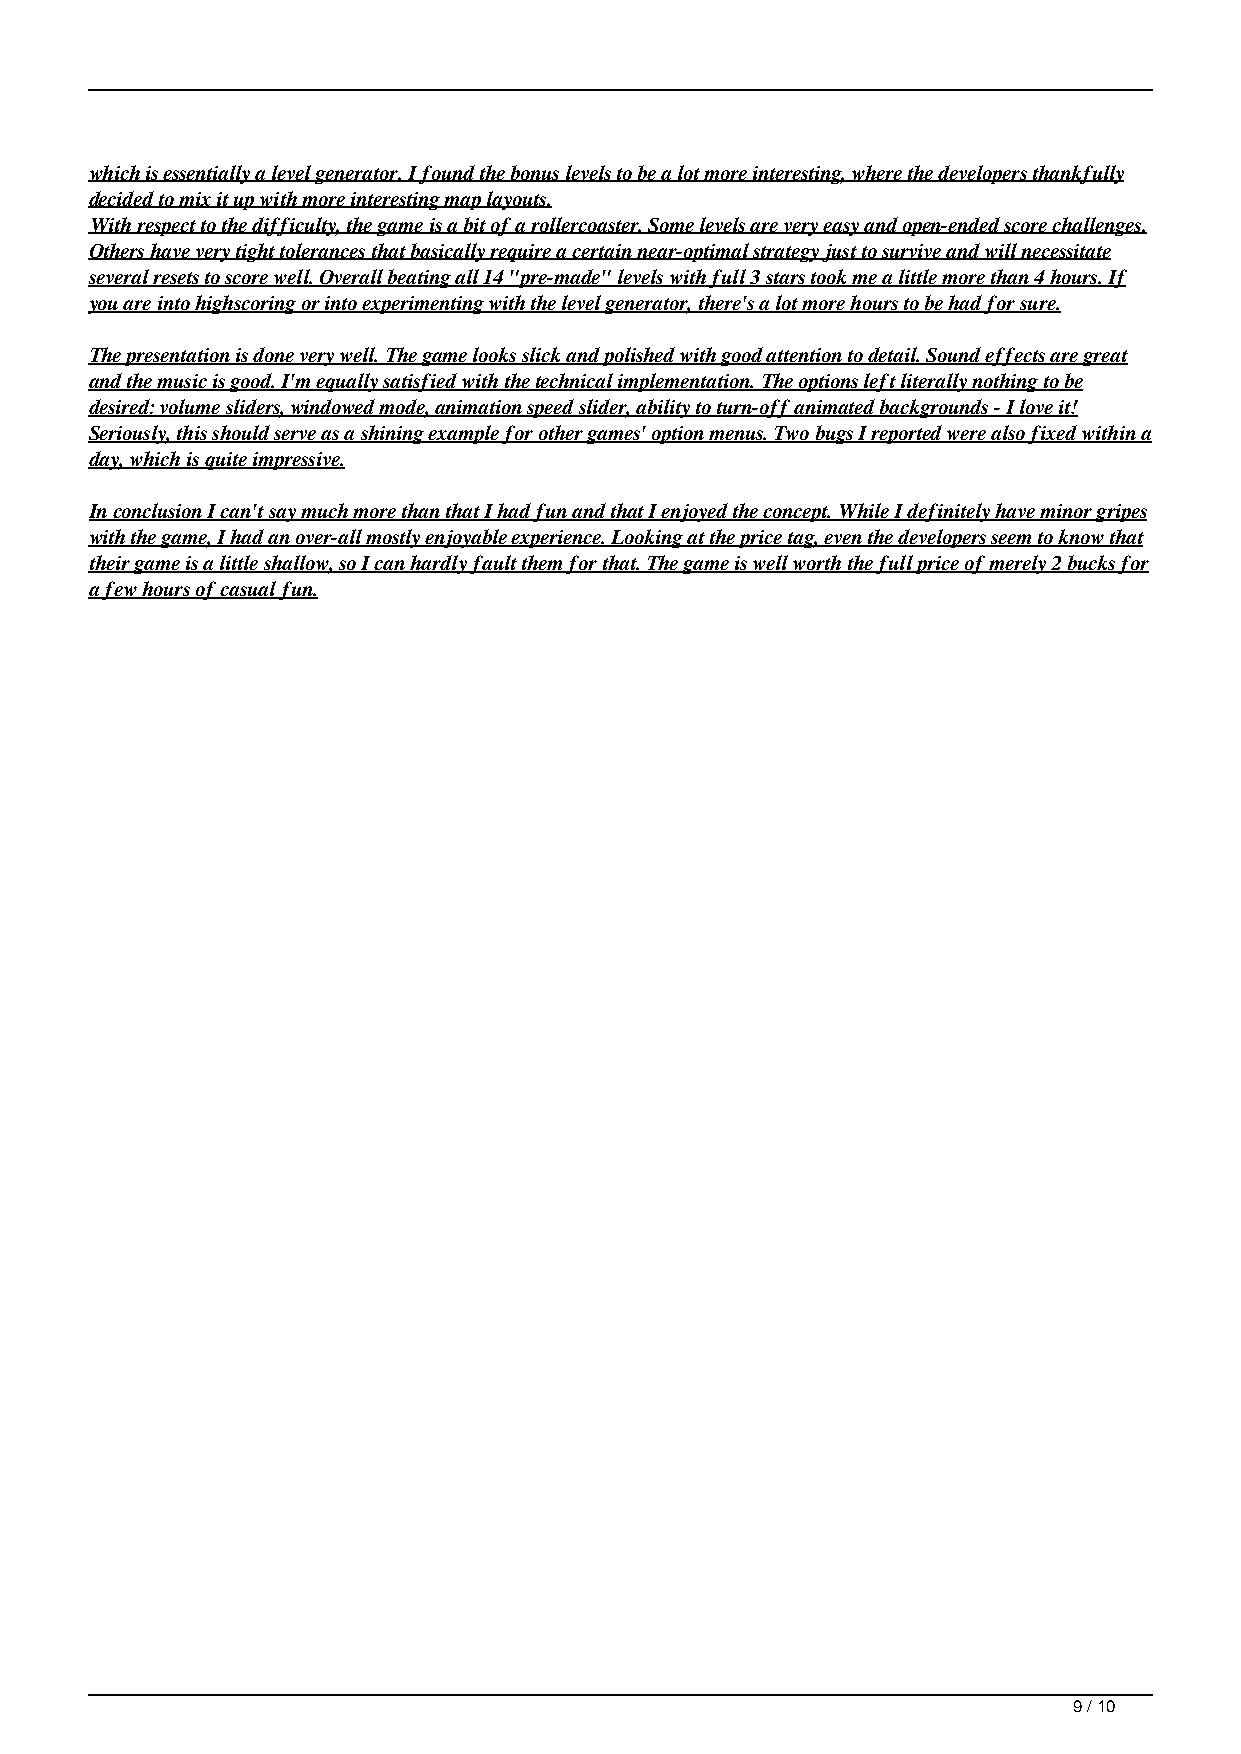
which is essentially a level generator. I found the bonus levels to be a lot more interesting, where the developers thankfully
 decided to mix it up with more interesting map layouts.
 With respect to the difficulty, the game is a bit of a rollercoaster. Some levels are very easy and open-ended score challenges.
 Others have very tight tolerances that basically require a certain near-optimal strategy just to survive and will necessitate
 several resets to score well. Overall beating all 14 "pre-made" levels with full 3 stars took me a little more than 4 hours. If
 you are into highscoring or into experimenting with the level generator, there's a lot more hours to be had for sure.
 The presentation is done very well. The game looks slick and polished with good attention to detail. Sound effects are great
 and the music is good. I'm equally satisfied with the technical implementation. The options left literally nothing to be
 desired: volume sliders, windowed mode, animation speed slider, ability to turn-off animated backgrounds - I love it!
 Seriously, this should serve as a shining example for other games' option menus. Two bugs I reported were also fixed within a
 day, which is quite impressive.
 In conclusion I can't say much more than that I had fun and that I enjoyed the concept. While I definitely have minor gripes
 with the game, I had an over-all mostly enjoyable experience. Looking at the price tag, even the developers seem to know that
 their game is a little shallow, so I can hardly fault them for that. The game is well worth the full price of merely 2 bucks for
 a few hours of casual fun.
 9 / 10